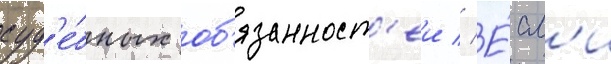
суд'е́бных об'язанност'еи // Е́сл'и